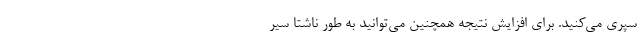
سپری می‌کنید. برای افزایش نتیجه همچنین می‌توانید به طور ناشتا سیر